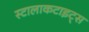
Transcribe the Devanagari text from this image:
स्टालाकटाइट्स